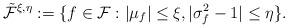
LaTeX: \begin{align*}\tilde{\mathcal{F}}^{\xi, \eta} := \{f \in \mathcal{F}:|\mu_f| \leq \xi,|\sigma_f^2-1| \leq \eta\}.\end{align*}